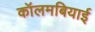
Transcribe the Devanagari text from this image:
कॉलमबियाई